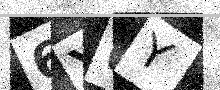
Text: 6YUY